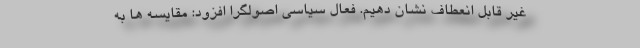
غیر قابل انعطاف نشان دهیم. فعال سیاسی اصولگرا افزود: مقایسه ها به